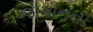
જામીનની